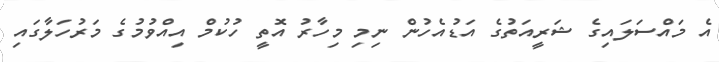
އެ މައްސަލައިގެ ޝަރީއަތުގެ އަޑުއެހުން ނިމި މިހާރު އޮތީ ހުކުމް އިއްވުމުގެ މަރުހަލާގައި